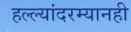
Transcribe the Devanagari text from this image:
हल्ल्यांदरम्यानही